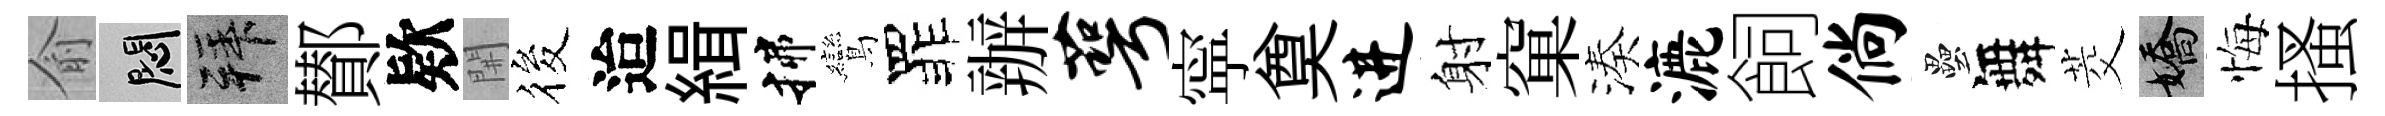
俞悶拜鄼欵𨳩筱迨緝揲鸞罪辦萼寜奠进射窠湊漉飼倘壘舞茭嬌悔搔